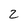
Character: 2